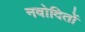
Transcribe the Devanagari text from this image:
नवोदितों